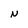
Character: N